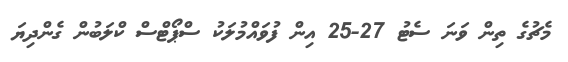
މެޗުގެ ތިން ވަނަ ސެޓު 27-25 އިން ފުވައްމުލަކު ސްޕޯޓްސް ކްލަބުން ގެންދިޔަ